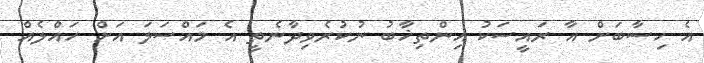
އެ ހިސާބަށް އާ ރައީސަކު އިންތިޚާބު ނުކުރެވިދާނެތީ އެ މައްސަލަ އަށް ހައްލެއް